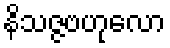
နိသဇ္ဇဗဟုလော